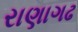
રાણાગઢ